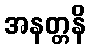
အနတ္တနိ